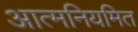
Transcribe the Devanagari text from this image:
आत्मनियमित